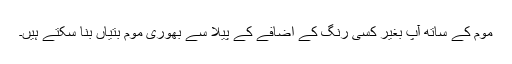
موم کے ساتھ آپ بغیر کسی رنگ کے اضافے کے پیلا سے بھوری موم بتیاں بنا سکتے ہیں۔